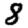
Digit: 8